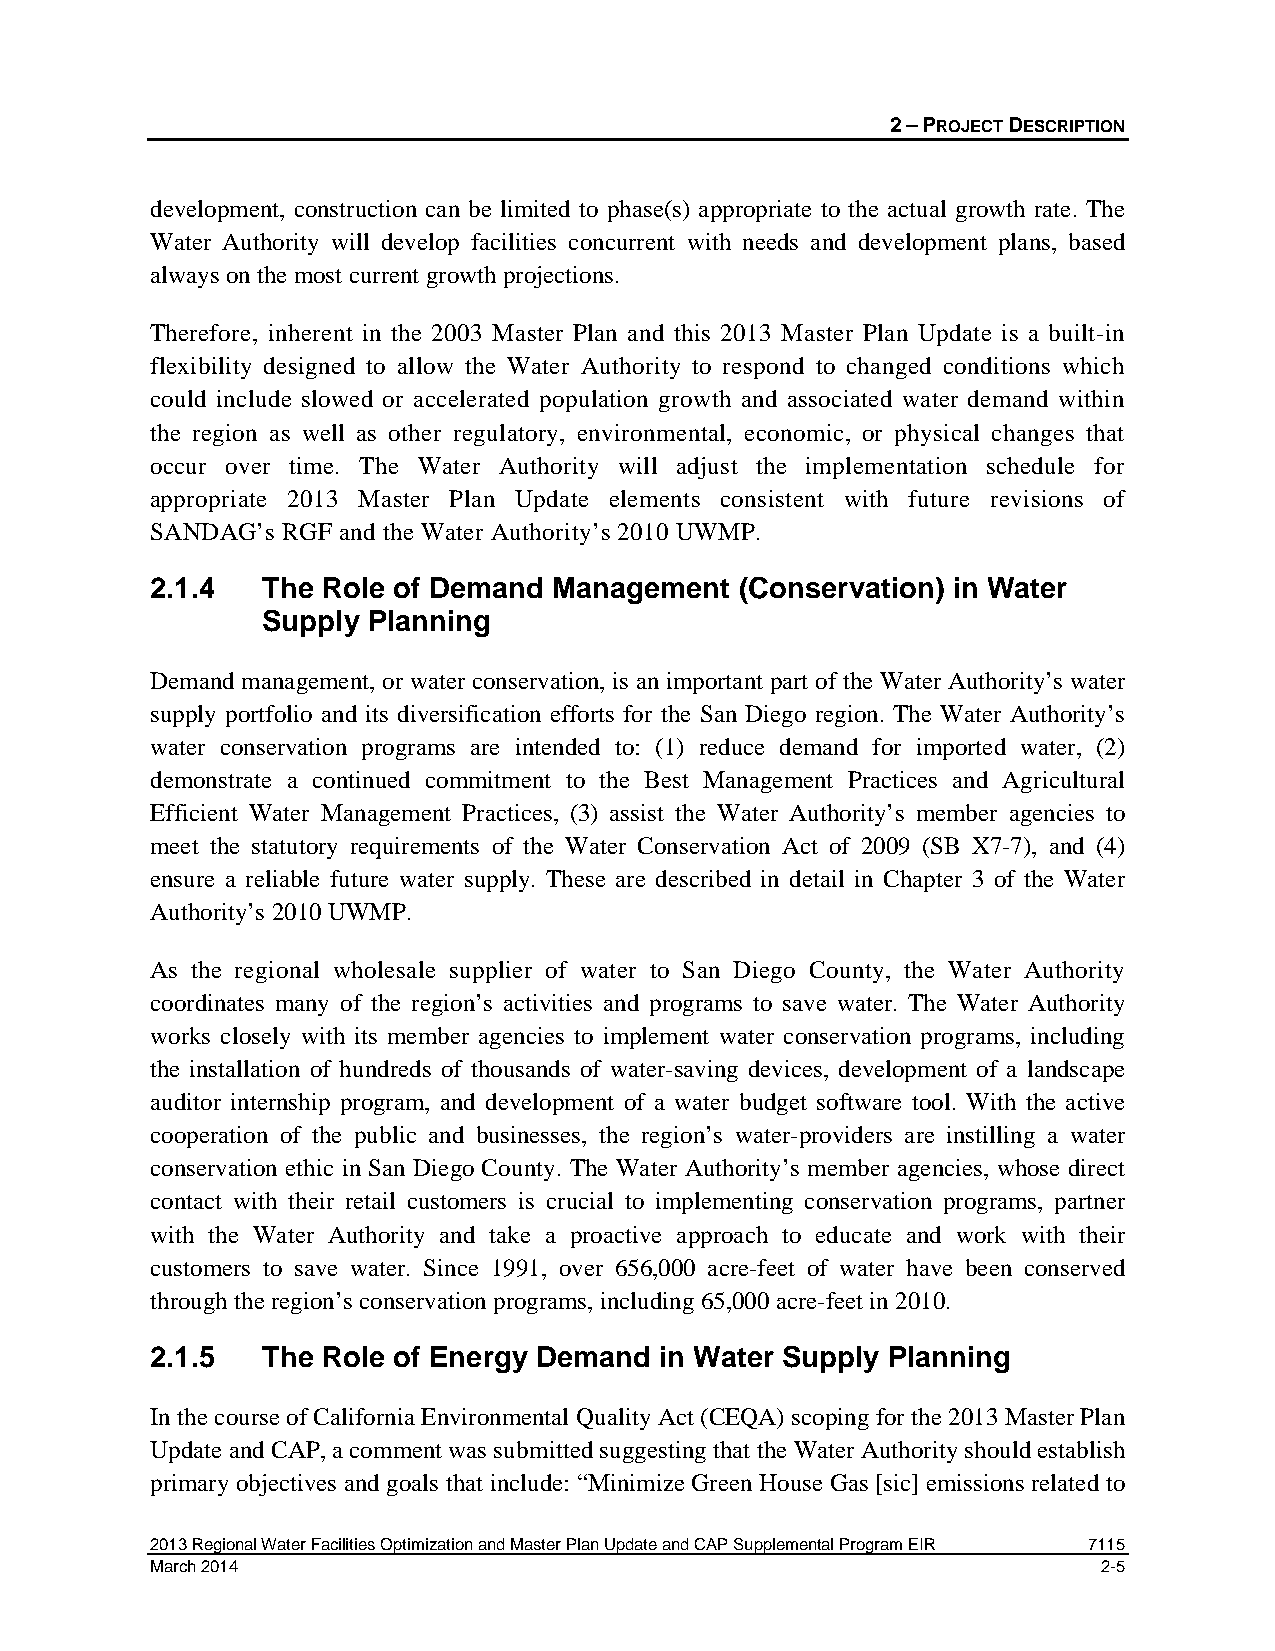
2 – PROJECT DESCRIPTION
 development, construction can be limited to phase(s) appropriate to the actual growth rate. The
 Water Authority will develop facilities concurrent with needs and development plans, based
 always on the most current growth projections.
 Therefore, inherent in the 2003 Master Plan and this 2013 Master Plan Update is a built-in
 flexibility designed to allow the Water Authority to respond to changed conditions which
 could include slowed or accelerated population growth and associated water demand within
 the region as well as other regulatory, environmental, economic, or physical changes that
 occur over time. The Water Authority will adjust the implementation schedule for
 appropriate 2013 Master Plan Update elements consistent with future revisions of
 SANDAG’s RGF and the Water Authority’s 2010 UWMP.
 2.1.4  The Role of Demand  Management  (Conservation) in Water
 Supply Planning
 Demand management, or water conservation, is an important part of the Water Authority’s water
 supply portfolio and its diversification efforts for the San Diego region. The Water Authority’s
 water conservation programs are intended to: (1) reduce demand for imported water, (2)
 demonstrate a continued commitment to the Best Management Practices and Agricultural
 Efficient Water Management Practices, (3) assist the Water Authority’s member agencies to
 meet the statutory requirements of the Water Conservation Act of 2009 (SB X7-7), and (4)
 ensure a reliable future water supply. These are described in detail in Chapter 3 of the Water
 Authority’s 2010 UWMP.
 As the regional wholesale supplier of water to San Diego County, the Water Authority
 coordinates many of the region’s activities and programs to save water. The Water Authority
 works closely with its member agencies to implement water conservation programs, including
 the installation of hundreds of thousands of water-saving devices, development of a landscape
 auditor internship program, and development of a water budget software tool. With the active
 cooperation of the public and businesses, the region’s water-providers are instilling a water
 conservation ethic in San Diego County. The Water Authority’s member agencies, whose direct
 contact with their retail customers is crucial to implementing conservation programs, partner
 with the Water Authority and take a proactive approach to educate and work with their
 customers to save water. Since 1991, over 656,000 acre-feet of water have been conserved
 through the region’s conservation programs, including 65,000 acre-feet in 2010.
 2.1.5  The Role of Energy Demand  in Water Supply Planning
 In the course of California Environmental Quality Act (CEQA) scoping for the 2013 Master Plan
 Update and CAP, a comment was submitted suggesting that the Water Authority should establish
 primary objectives and goals that include: “Minimize Green House Gas [sic] emissions related to
 2013 Regional Water Facilities Optimization and Master Plan Update and CAP Supplemental Program EIR 7115
 March 2014                                                     2-5